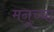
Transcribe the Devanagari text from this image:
मनूच्या